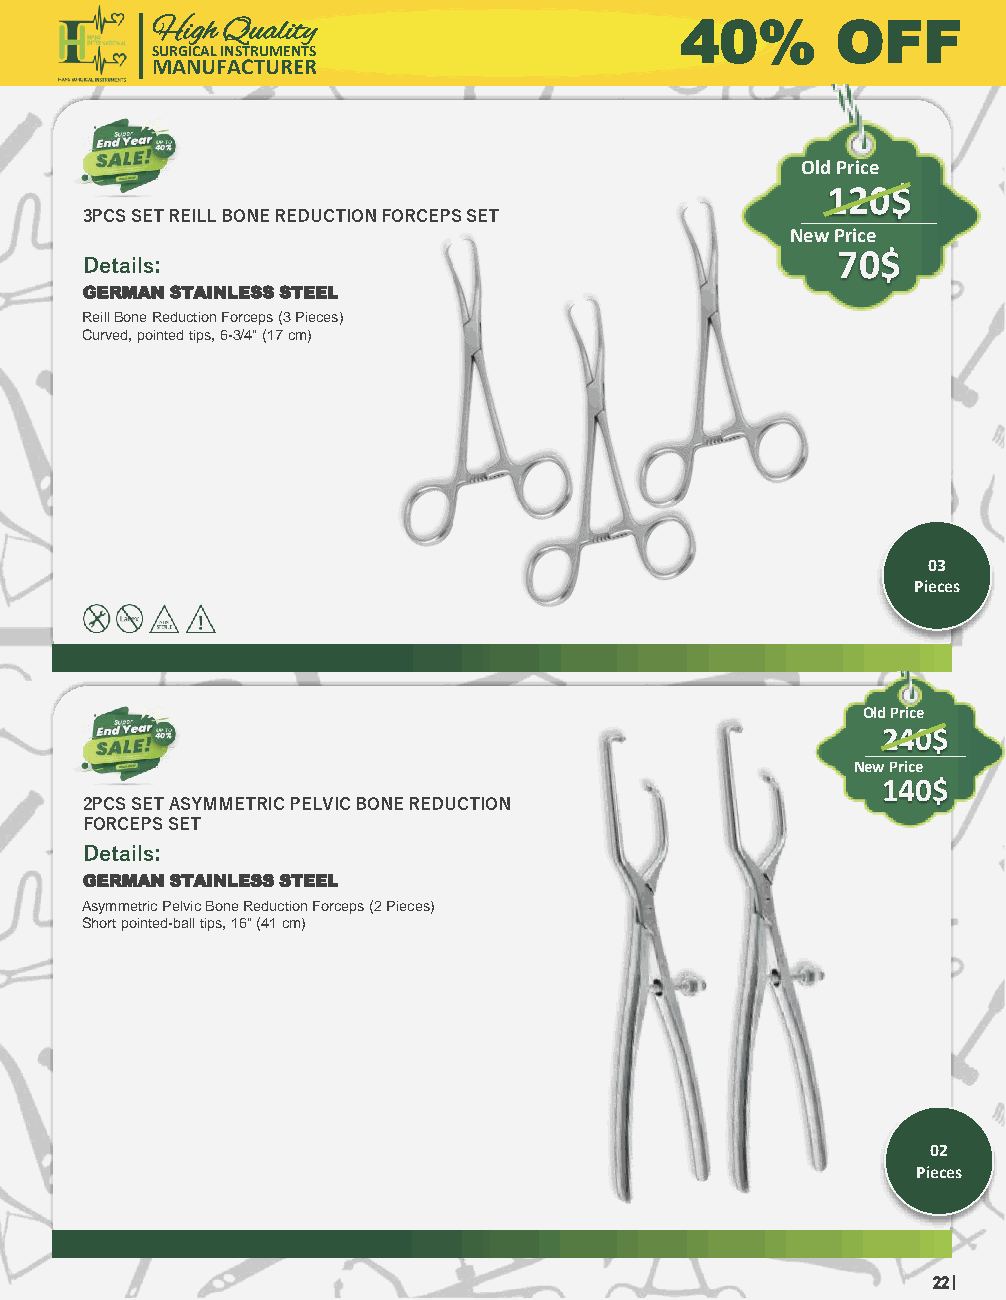
High Quality                       40%       OFF
 SURGICAL INSTRUMENTS
 MANUFACTURER
 Old Price
 120$
 3PCS SET REILL BONE REDUCTION FORCEPS SET
 New Price
 Details:                                          70$
 GERMAN STAINLESS STEEL
 ReillBone Reduction Forceps (3 Pieces)
 Curved, pointed tips, 6-3/4" (17 cm)
 03
 Pieces
 Old Price
 240$
 New Price
 140$
 2PCS SET ASYMMETRIC PELVIC BONE REDUCTION
 FORCEPS SET
 Details:
 GERMAN STAINLESS STEEL
 Asymmetric Pelvic Bone Reduction Forceps (2 Pieces)
 Short pointed-ball tips, 16" (41 cm)
 02
 Pieces
 22 |